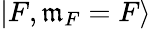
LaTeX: |F,\mathfrak{m}_{F}=F\rangle